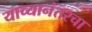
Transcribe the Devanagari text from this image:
याच्यानंतरचा